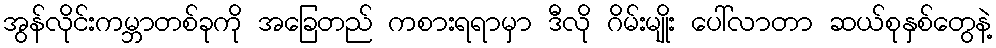
အွန်လိုင်းကမ္ဘာတစ်ခုကို အခြေတည် ကစားရရာမှာ ဒီလို ဂိမ်းမျိုး ပေါ်လာတာ ဆယ်စုနှစ်တွေနဲ့